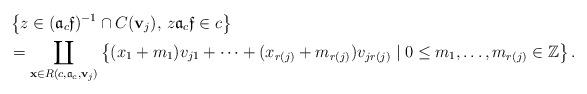
LaTeX: \begin{align*} &\left \{z \in ({\mathfrak a}_c \mathfrak f)^{-1} \cap C(\mathbf v_j),\, z{\mathfrak a}_c \mathfrak f \in c\right\} \\&=\coprod_{\mathbf x \in R(c,{\mathfrak a}_c,\mathbf v_j)}\left\{(x_1+m_1)v_{j1}+\dots + (x_{r(j)}+m_{r(j)})v_{jr(j)} \mid 0\leq m_1,\dots,m_{r(j)} \in \mathbb Z\right\}.\end{align*}